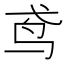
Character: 鸢